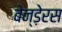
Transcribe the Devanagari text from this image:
बेन्ड़ेरस